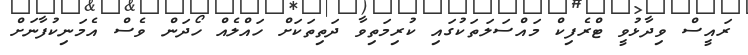
ރައީސް ވިދާޅުވީ ޓްރެފިކް މައްސަލަތަކުގައި ކުރިމަތިވާ ދަތިތަކަށް ހައްލެއް ހޯދަން ވެސް އެމަނިކުފާނަށް